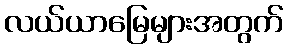
လယ်ယာမြေများအတွက်